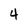
Character: 4